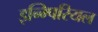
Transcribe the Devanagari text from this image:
इन्म्पिरियल